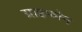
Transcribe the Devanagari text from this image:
ग्राइफोन